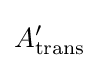
A_{\text{trans}}^{\prime }